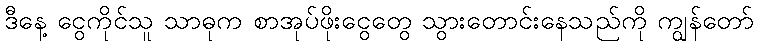
ဒီနေ့ ငွေကိုင်သူ သာဓုက စာအုပ်ဖိုးငွေတွေ သွားတောင်းနေသည်ကို ကျွန်တော်